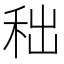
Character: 𥞃